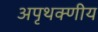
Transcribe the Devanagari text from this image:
अपृथक्णीय